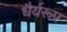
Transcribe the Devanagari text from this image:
धैर्यरूप